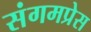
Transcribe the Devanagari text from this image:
संगमप्रेस